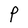
Character: P